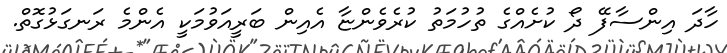
ހާދަ އިންސާފޭ ދޯ ކުށެއްގެ ތުހުމަތު ކުރެވެންޏާ އެއިން ބަރީއަވުމަކީ އެންމެ ރަނގަޅުގޮތް.